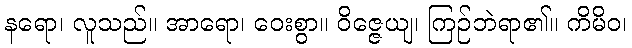
နရော၊ လူသည်။ အာရော၊ ဝေးစွာ။ ဝိဇ္ဇေယျ၊ ကြဉ်ဘဲရာ၏။ ကိမိဝ၊